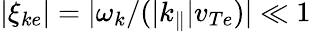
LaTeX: |\xi_{ke}|=|\omega_{k}/(|k_{\parallel}|v_{Te})|\ll 1